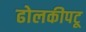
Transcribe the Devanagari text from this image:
ढोलकीपटू